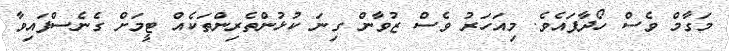
މަގާމް ވެސް ހޯދާފައެވެ. މިއަހަރު ވެސް ޒުވާން ގިނަ ކުޅުންތެރިންތަކެއް ޓީމަށް ގެނެސްފައިވާ